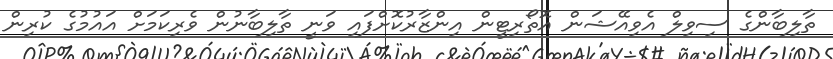
ތާލިބާންގެ ސިވިލް އެވިއޭޝަން އޮތޯރިޓީން އިންޒާރުކޮށްފައި ވަނީ ތާލިބާނުން ވެރިކަމަށް އައުމުގެ ކުރިން